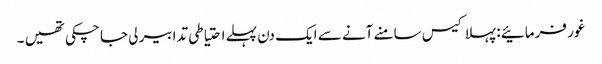
غور فرمائیے : پہلا کیس سامنے آنے سے ایک دن پہلے احتیاطی تدابیر لی جا چکی تھیں ۔